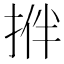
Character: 𢭬